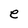
Character: e